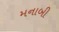
મનાબી